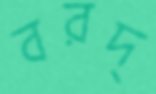
বরদ্